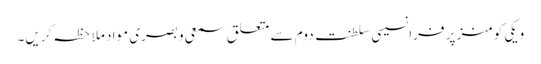
ویکی کومنز پر فرانسیسی سلطنت دوم سے متعلق سمعی و بصری مواد ملاحظہ کریں۔